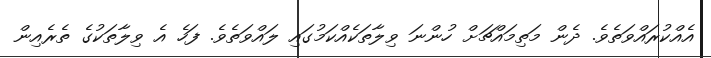
އެއްކުރައްވަތެވެ. ދެން މަތިމައްޗަށް ހުންނަ ވިލާތަކެއްކަމުގައި ލައްވަތެވެ. ފަހެ އެ ވިލާތަކުގެ ތެރެއިން